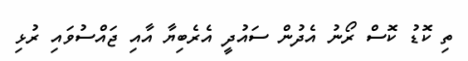
ތި ކޮޑު ކޮސް ރޯނު އެދުން ސައުދީ އެރެބިޔާ އާއި ޖައްސުވައި ރުޅި